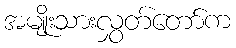
အမျိုးသားလွှတ်တော်က